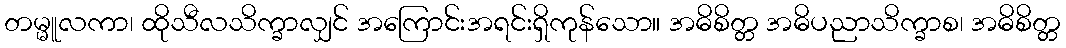
တမ္မူလကာ၊ ထိုသီလသိက္ခာလျှင် အကြောင်းအရင်းရှိကုန်သော။ အဓိစိတ္တ အဓိပညာသိက္ခာစ၊ အဓိစိတ္တ